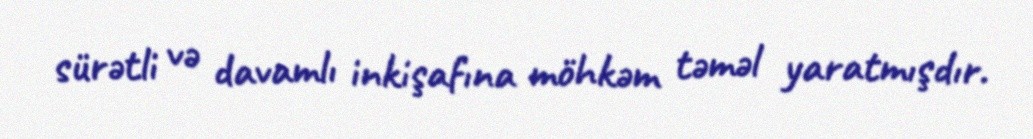
sürətli və davamlı inkişafına möhkəm təməl yaratmışdır.